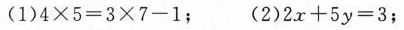
(1) 4\times5 = 3\times7-1; (2)2x+5y = 3;